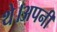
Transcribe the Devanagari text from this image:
थे।अपनी